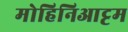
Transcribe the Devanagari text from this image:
मोहिनिआट्टम